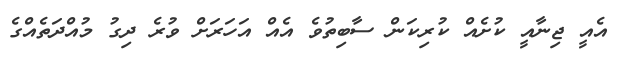
އެއީ ޖިނާއީ ކުށެއް ކުރިކަން ސާބިތުވެ އެއް އަހަރަށް ވުރެ ދިގު މުއްދަތެއްގެ